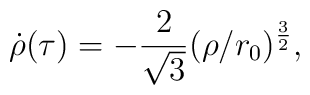
\dot{\rho}(\tau)=-\frac{2}{\sqrt{3}}(\rho /r_0)^{\frac{3}{2}},